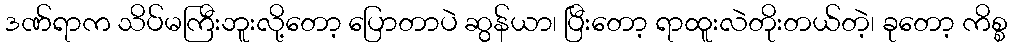
ဒဏ်ရာက သိပ်မကြီးဘူးလို့တော့ ပြောတာပဲ ဆွန်ယာ၊ ပြီးတော့ ရာထူးလဲတိုးတယ်တဲ့၊ ခုတော့ ကိစ္စ